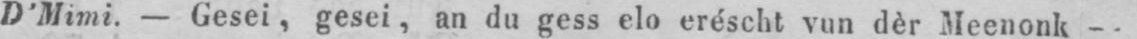
D’Mimi. - Gesei, gesei, an du gess elo eréscht vun dèr Meenonk -